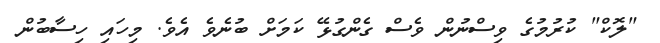
"ލޮކް" ކުރުމުގެ ވިސްނުން ވެސް ގެންގުޅޭ ކަމަށް ބުނެވެ އެވެ. މިހައި ހިސާބުން